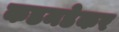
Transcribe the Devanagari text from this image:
कडमडेकर